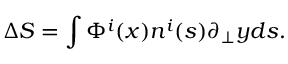
\Delta S = \int \Phi ^ { i } ( x ) n ^ { i } ( s ) \partial _ { \bot } y d s .